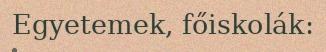
Egyetemek, főiskolák: